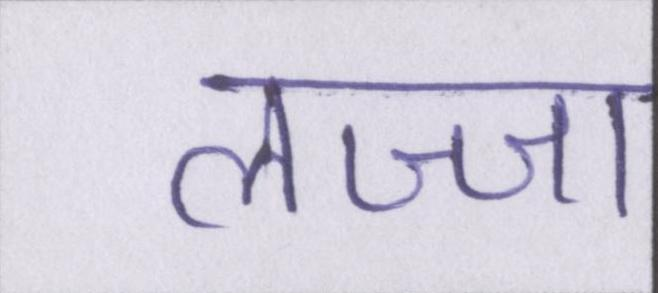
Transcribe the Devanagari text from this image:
लज्जा